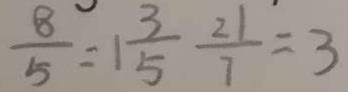
\frac { 8 } { 5 } = 1 \frac { 3 } { 5 } \frac { 2 1 } { 7 } = 3